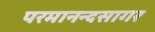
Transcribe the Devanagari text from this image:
परमानन्दसागर